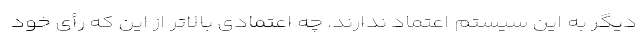
دیگر به این سیستم اعتماد ندارند. چه اعتمادی بالاتر از این که رأی خود